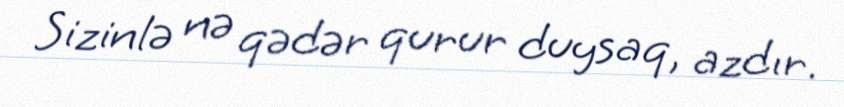
Sizinlə nə qədər qurur duysaq, azdır.